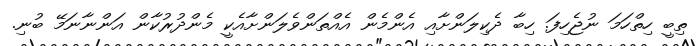
ތިބީ ހިތްހަމަ ނުޖެހިފަ. ހިބާ ދެކިލަންށާއި އެންމެން އެއްތަންވެލަންށާއެކީ މެންދުރުކާން އަންނާނަމޭ ބުނި.